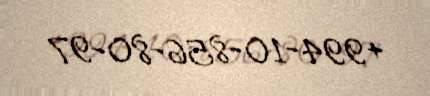
+994-10-856-80-97